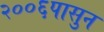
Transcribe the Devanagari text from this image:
२००६पासुन